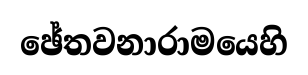
ඡේතවනාරාමයෙහි